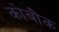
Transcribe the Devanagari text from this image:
कोबौक